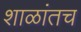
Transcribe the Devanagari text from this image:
शाळांतच